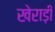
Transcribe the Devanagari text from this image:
खेराड़ी